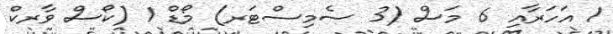
1 އަހަރާއި 6 މަސް (3 ސެމިސްޓަރ) މޯޑް 1 (ކޯސް ވާރކް